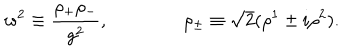
w ^ { 2 } \equiv \frac { \rho _ { + } \rho _ { - } } { g ^ { 2 } } , \qquad \qquad \rho _ { \pm } \equiv \sqrt { 2 } ( \rho ^ { 1 } \pm i \rho ^ { 2 } ) .